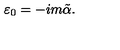
\varepsilon _ { 0 } = - i m \tilde { \alpha } .